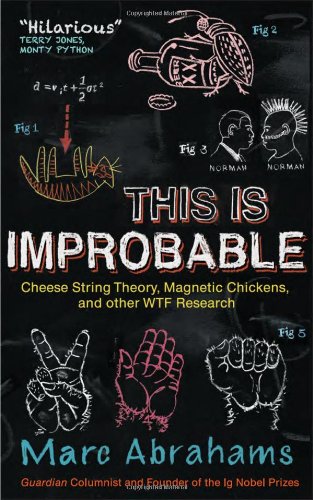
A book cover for This Is Improbable: Cheese String Theory, Magnetic Chickens, and Other WTF Research; Marc Abrahams; Humor & Entertainment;